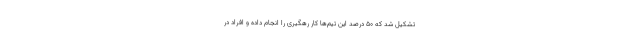
تشکیل شد که ۵۰ درصد این تیم‌ها کار رهگیری را انجام داده و افراد در